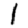
Digit: 1